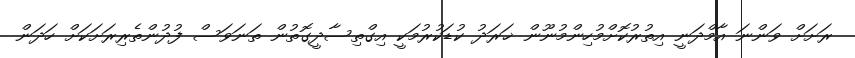
ރަށަށް ވަންނަ އާމްދަނީ އިތުރުކޮށްމުހިންމުނޫން ޚަރަދު ކުޑަކުރުމަކީ އިގްތިސާދީގޮތުން ތަނަވަސް ފުދުންތެރިރަށަކަށް ހަދަން